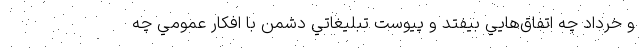
و خرداد چه اتفاق‌هايي بيفتد و پيوست تبليغاتي دشمن با افکار عمومي چه